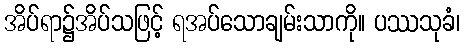
အိပ်ရာ၌အိပ်သဖြင့် ရအပ်သောချမ်းသာကို။ ပဿသုခံ၊